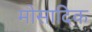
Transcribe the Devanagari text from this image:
मोसादिक